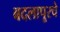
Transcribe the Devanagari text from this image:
बदलापूरचे